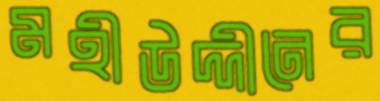
মহীউদ্দীনের